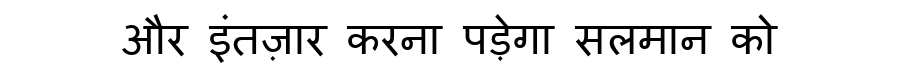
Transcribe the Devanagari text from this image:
और इंतज़ार करना पड़ेगा सलमान को